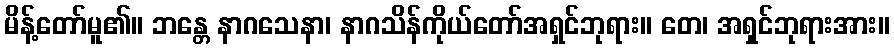
မိန့်တော်မူ၏။ ဘန္တေ နာဂသေနာ၊ နာဂသိန်ကိုယ်တော်အရှင်ဘုရား။ တေ၊ အရှင်ဘုရားအား။